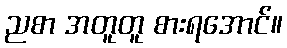
ညစာ အတူတူ စားရအောင်။